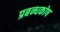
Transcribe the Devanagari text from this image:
प्रबन्धकोष